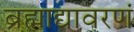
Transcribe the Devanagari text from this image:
ब्रह्माद्यावरणं